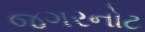
જગરનોટ